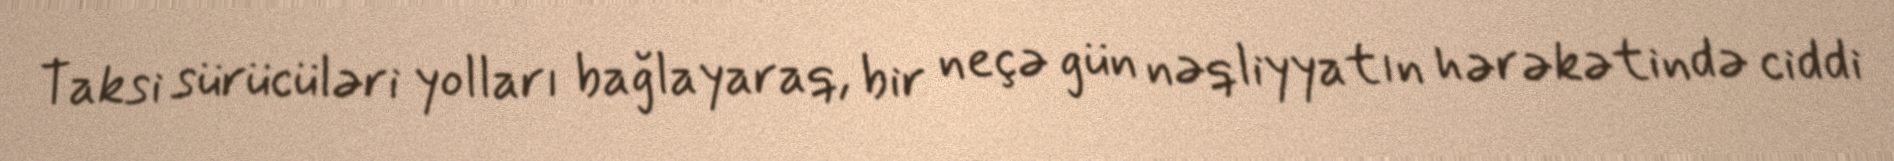
Taksi sürücüləri yolları bağlayaraq, bir neçə gün nəqliyyatın hərəkətində ciddi